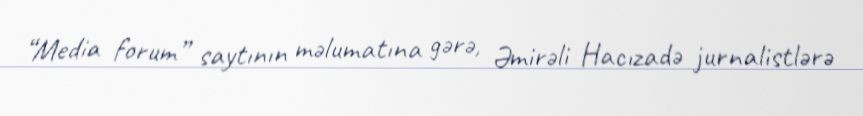
“Media forum” saytının məlumatına gərə, Əmirəli Hacızadə jurnalistlərə